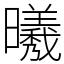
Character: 𣌀